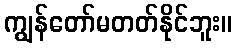
ကျွန်တော်မတတ်နိုင်ဘူး။